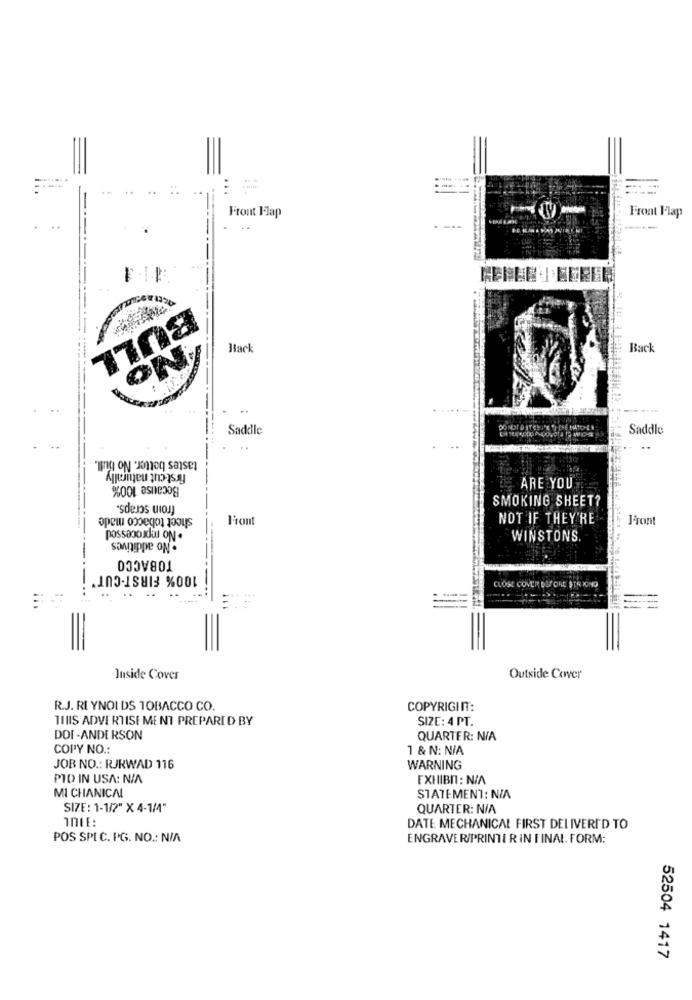
Front Flap
Front Flap
---
BULL
Mark
Back
ON
Saddle
Saddle
tastes better. No bull.
first cut naturally
Because 100%
ARE YOU
froin scraps.
SMOKING SHEET?
sheet tobacco made
Font
NOT IF THEY'RE
Front
. No additives
possano xdos ON .
WINSTONS.
TOBACCO
100% FIRST-CUT"
CLOSE COVER DIFORE STRICNO
Inside Cover
Outside Cover
R.J. RI YNOI DS TOBACCO CO.
COPYRIGHT:
THIS ADVERTISE MENT PREPARED BY
SIZE: 4 PT.
DOI -ANDERSON
QUARTER: N/A
COPY NO .:
1 & N: N/A
JOB NO .: RJKWAD 116
WARNING
PID IN USA: N/A
EXHIBn: N/A
MI CHANICAL
STATEMENT: N/A
SIZE: 1-1/2" X 4-1/4"
QUARTER: N/A
DATE MECHANICAL FIRST DELIVERED TO
POS SPLC. PG. NO .: N/A
ENGRAVER/PRINTI R IN FINAL FORM:
52504 1417